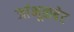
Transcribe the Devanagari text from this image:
जांभूळबेट